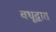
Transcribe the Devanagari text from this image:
वधूद्वारा